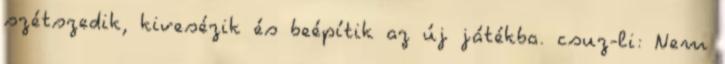
szétszedik, kivesézik és beépítik az új játékba. csuz-li: Nem